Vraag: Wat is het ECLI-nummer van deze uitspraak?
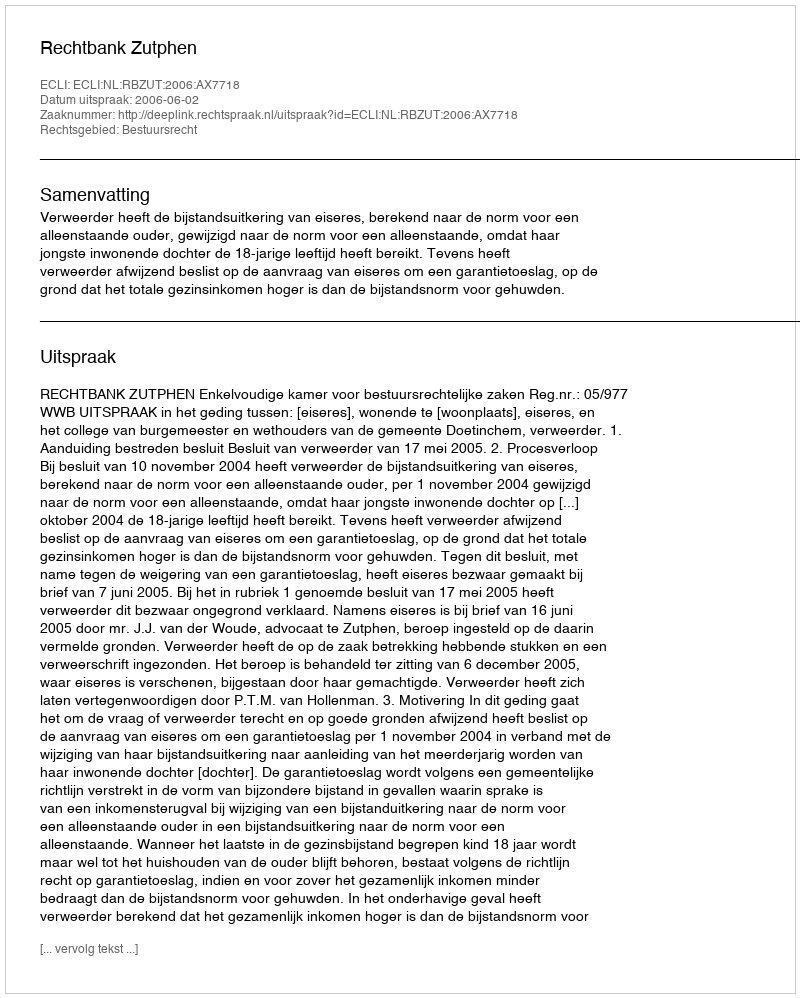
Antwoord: ECLI:NL:RBZUT:2006:AX7718